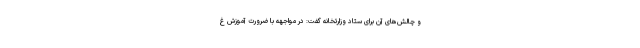
و چالش‌های آن برای ستاد وزارتخانه گفت: در مواجهه با ضرورت آموزش غ